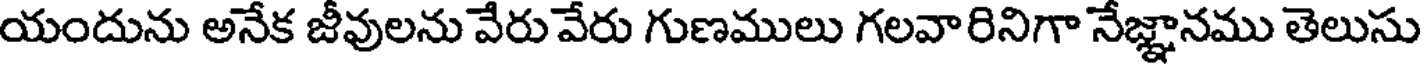
యందును అనేక జీవులను వేరు వేరు గుణములు గలవారినిగా నేజ్ఞానము తెలుసు